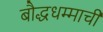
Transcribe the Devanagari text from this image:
बौद्धधम्माची